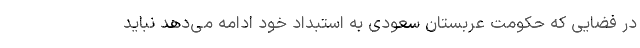
در فضایی که حکومت عربستان سعودی به استبداد خود ادامه می‌دهد نباید